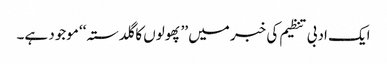
ایک ادبی تنظیم کی خبر میں ’’پھولوں کا گلدستہ‘‘ موجود ہے۔